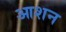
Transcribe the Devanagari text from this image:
आशन